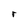
Character: r